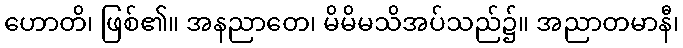
ဟောတိ၊ ဖြစ်၏။ အနညာတေ၊ မိမိမသိအပ်သည်၌။ အညာတမာနီ၊